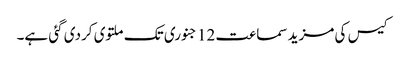
کیس کی مزید سماعت 12 جنوری تک ملتوی کردی گئی ہے۔